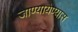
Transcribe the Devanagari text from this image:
जाण्यायेण्यास